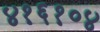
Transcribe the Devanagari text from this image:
४१६१०४